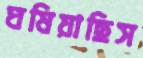
ঘষিয়াছিস